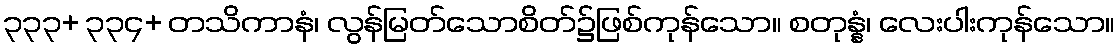
၃၃၃+ ၃၃၄+ တသိကာနံ၊ လွန်မြတ်သောစိတ်၌ဖြစ်ကုန်သော။ စတုန္နံ၊ လေးပါးကုန်သော။